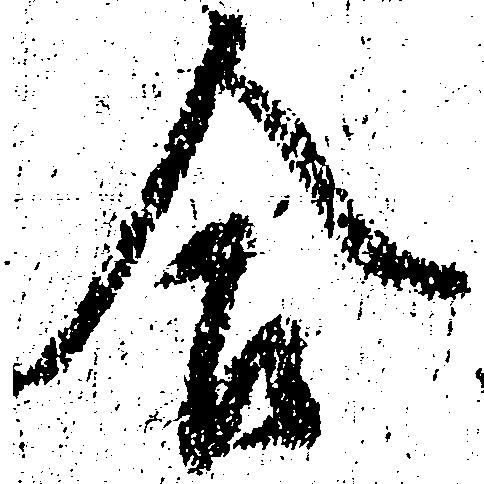
合